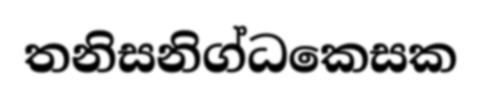
තනිසනිග්ධකෙසක